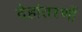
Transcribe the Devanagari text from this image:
देहांतरणों